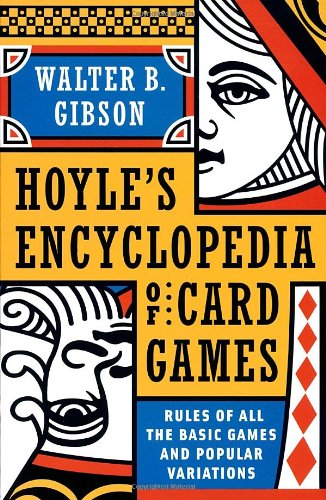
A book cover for Hoyle's Modern Encyclopedia of Card Games: Rules of All the Basic Games and Popular Variations; Walter B. Gibson; Humor & Entertainment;